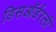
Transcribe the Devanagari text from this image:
डिसऑर्डरली